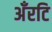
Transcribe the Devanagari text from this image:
अँरटि